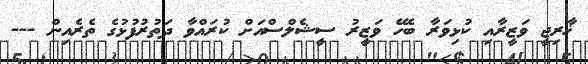
ޚާރިޖީ ވަޒީރާއި ކުޅިވަރާ ބެހޭ ވަޒީރު ސީޝެލްސްއަށް ކުރައްވާ ދަތުރުފުޅުގެ ތެރެއިން ---